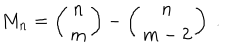
LaTeX: M _ { n } = \left( \begin{array} { c } { { n } } \\ { { m } } \\ \end{array} \right) - \left( \begin{array} { c } { { n } } \\ { { m - 2 } } \\ \end{array} \right) ~ .